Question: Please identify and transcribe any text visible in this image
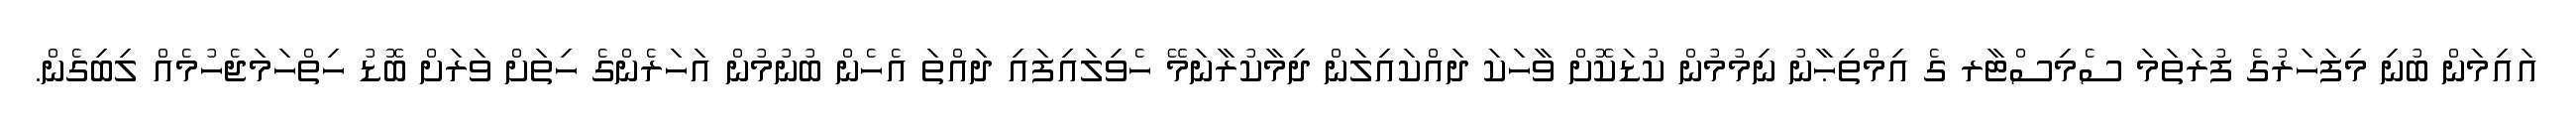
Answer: އައިމަން ބުނި މިފަހަރުގެ ފުރަތަމަ ސެމިސްޓާރ ގެ އިމްތިޙާނު ނިމުމުން ކުޑަކޮށް ވާހަކަ ދައްކައިލަން ދިމާކުރާނަމޭ ހެވިލައިފައި ދައްތަ އެހެން ބުނުމުން އަހަރެންގެ ހިތަށް ވަރަށް ބޮޑު ހިތްހަމަޖެހުމެއް ލިބިގެން.